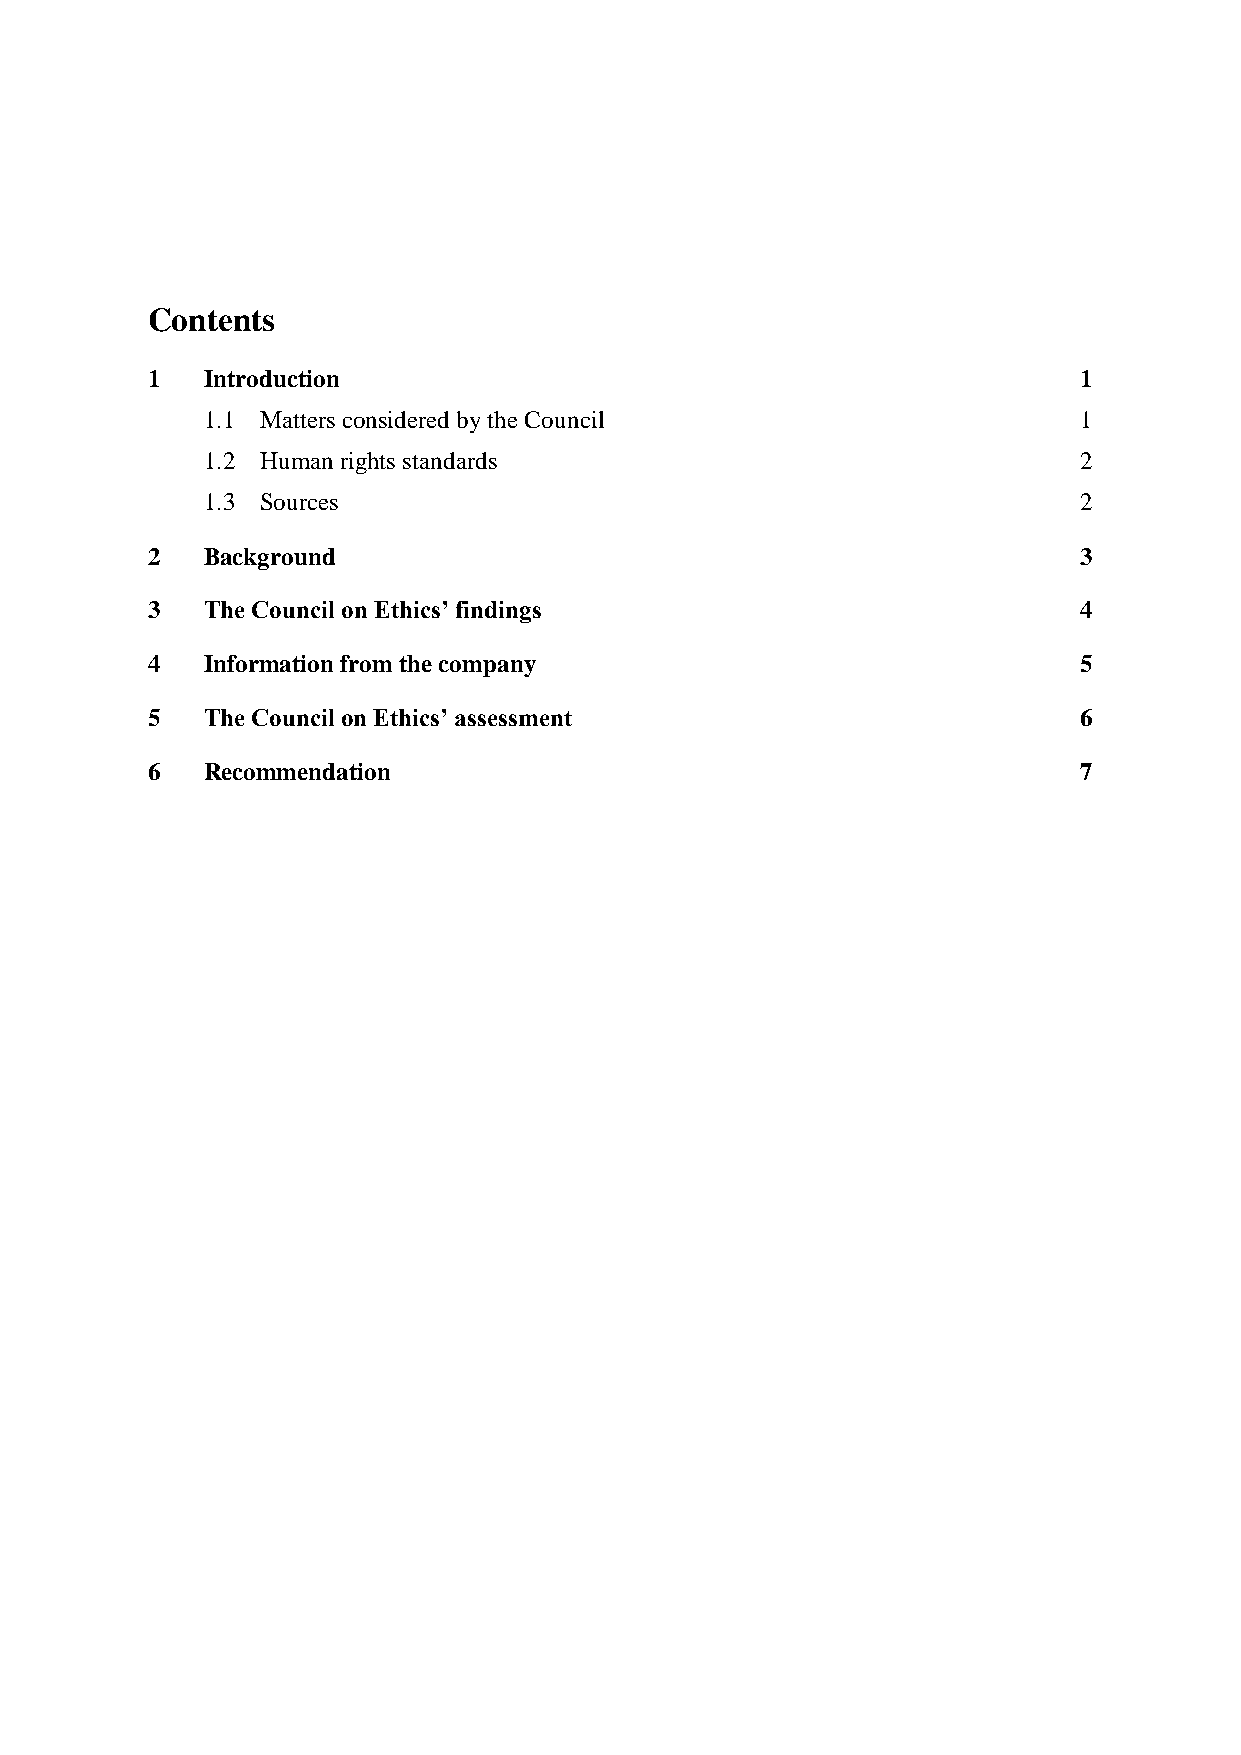
Contents
 1  Introduction                                              1
 1.1 Matters considered by the Council                     1
 1.2 Human rights standards                                2
 1.3 Sources                                               2
 2  Background                                                3
 3  The Council on Ethics’ findings                           4
 4  Information from the company                              5
 5  The Council on Ethics’ assessment                         6
 6  Recommendation                                            7